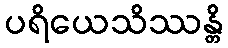
ပရိယေသိဿန္တိ